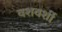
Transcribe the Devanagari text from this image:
वशवर्शी